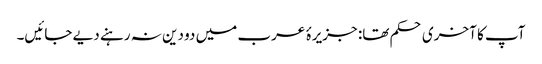
آپ کا آخری حکم تھا: جزیرۂ عرب میں دو دین نہ رہنے دیے جائیں۔